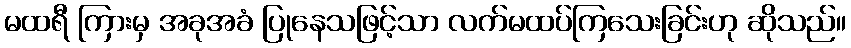
မထရီ ကြားမှ အခုအခံ ပြုနေသဖြင့်သာ လက်မထပ်ကြသေးခြင်းဟု ဆိုသည်။